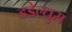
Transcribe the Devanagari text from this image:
डडेल्धुरा